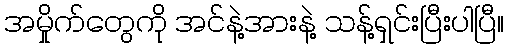
အမှိုက်တွေကို အင်နဲ့အားနဲ့ သန့်ရှင်းပြီးပါပြီ။